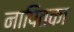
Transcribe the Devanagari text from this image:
नापितका